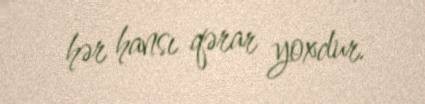
hər hansı qərar yoxdur.